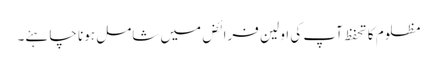
مظلوم کا تحفظ آپ کی اولین فرائض میں شامل ہونا چاہئے۔